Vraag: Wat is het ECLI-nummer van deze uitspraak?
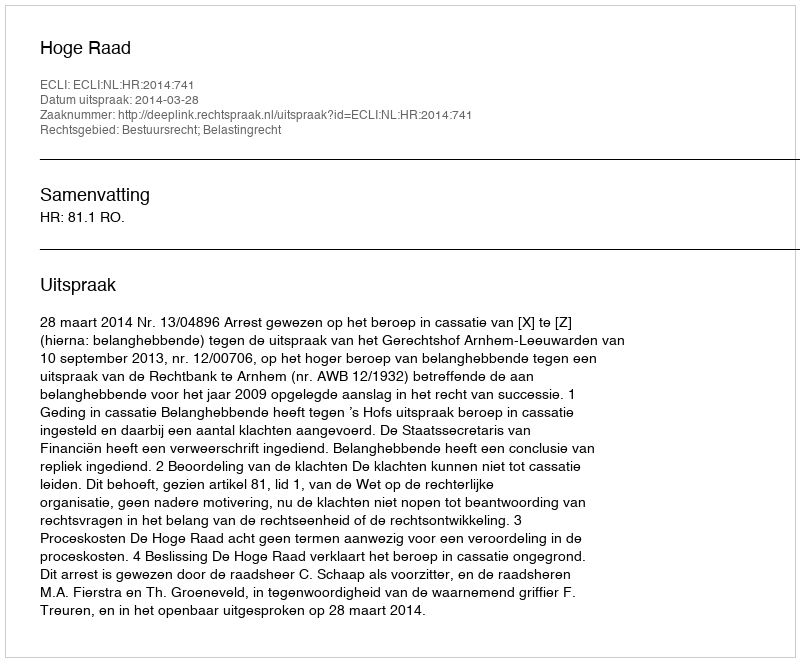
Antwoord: ECLI:NL:HR:2014:741